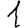
Digit: 1